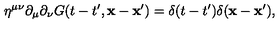
\eta ^ { \mu \nu } \partial _ { \mu } \partial _ { \nu } G ( t - t ^ { \prime } , { \bf x - x ^ { \prime } } ) = \delta ( t - t ^ { \prime } ) \delta ( { \bf x - x ^ { \prime } } ) ,